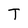
Character: T